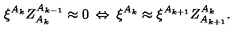
\xi ^ { A _ { k } } Z _ { A _ { k } } ^ { A _ { k - 1 } } \approx 0 \: \Leftrightarrow \: \xi ^ { A _ { k } } \approx \xi ^ { A _ { k + 1 } } Z _ { A _ { k + 1 } } ^ { A _ { k } } .